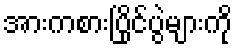
အားကစားပြိုင်ပွဲများကို